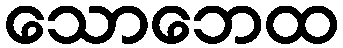
သောဘေထ